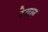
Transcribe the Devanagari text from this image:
रेबल